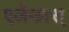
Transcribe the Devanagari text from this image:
एलेफास्